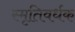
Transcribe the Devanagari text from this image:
स्मृतिवर्धक